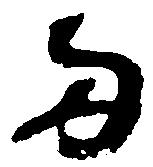
両